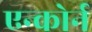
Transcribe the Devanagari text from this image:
एन्कोर्न